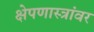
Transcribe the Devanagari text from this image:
क्षेपणास्त्रांवर